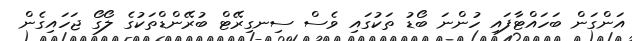
އަންގަން ބަހައްޓާފައި ހުންނަ ބޯޑު ތަކުގައި ވެސް ސިނގިރޭޓް ބުރޭންޑްތަކުގެ ލޯގޯ ޖަހައިގެން